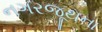
નગરજૂથના